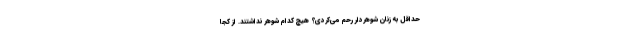
حداقل به زنان شوهردار رحم می‌کردی؟ هیچ کدام شوهر نداشتند. از کجا